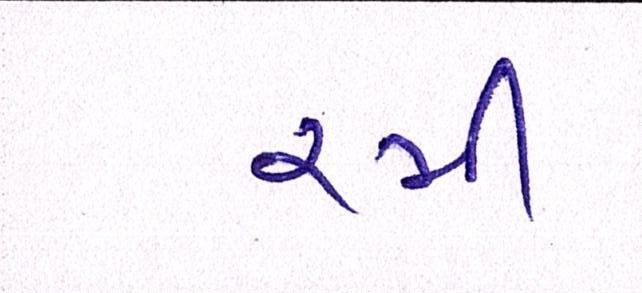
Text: રમી